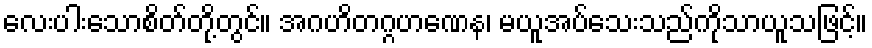
လေးပါးသောစိတ်တို့တွင်။ အဂဟိတဂ္ဂဟဏေန၊ မယူအပ်သေးသည်ကိုသာယူသဖြင့်။